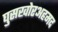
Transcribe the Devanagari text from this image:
घुसखोरअहमद